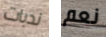
ندبات نعم